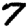
Digit: 7